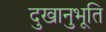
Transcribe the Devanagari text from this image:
दुखानुभूति